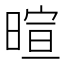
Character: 暄